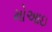
મોઆઇ